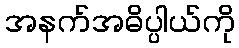
အနက်အဓိပ္ပါယ်ကို